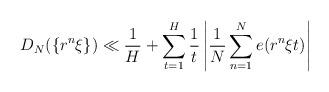
LaTeX: \begin{align*}D_N(\{r^n \xi \}) \ll \frac{1}{H} + \sum_{t=1}^H \frac{1}{t} \left\vert \frac{1}{N} \sum_{n=1}^N e(r^n \xi t) \right\vert\end{align*}